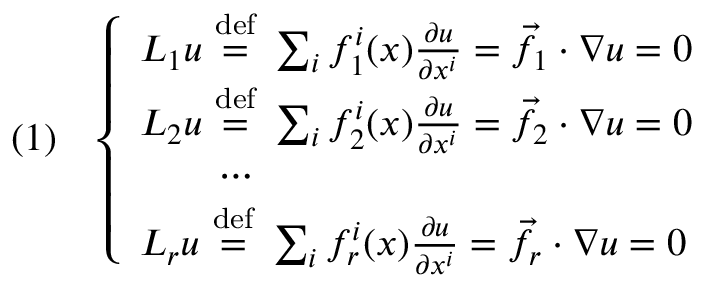
( 1 ) \quad { \left\{ \begin{array} { l l } { L _ { 1 } u \ { \stackrel { \mathrm { d e f } } { = } } \ \sum _ { i } f _ { 1 } ^ { i } ( x ) { \frac { \partial u } { \partial x ^ { i } } } = { \vec { f } } _ { 1 } \cdot \nabla u = 0 } \\ { L _ { 2 } u \ { \stackrel { \mathrm { d e f } } { = } } \ \sum _ { i } f _ { 2 } ^ { i } ( x ) { \frac { \partial u } { \partial x ^ { i } } } = { \vec { f } } _ { 2 } \cdot \nabla u = 0 } \\ { \qquad \cdots } \\ { L _ { r } u \ { \stackrel { \mathrm { d e f } } { = } } \ \sum _ { i } f _ { r } ^ { i } ( x ) { \frac { \partial u } { \partial x ^ { i } } } = { \vec { f } } _ { r } \cdot \nabla u = 0 } \end{array} \right. }